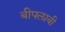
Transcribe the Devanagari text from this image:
बीपलाबी